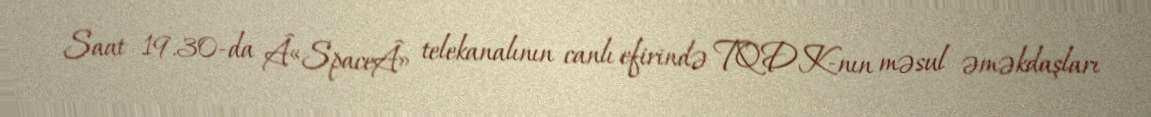
Saat 19.30-da Â«SpaceÂ» telekanalının canlı efirində TQDK-nın məsul əməkdaşları